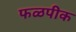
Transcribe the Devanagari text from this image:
फळपीक